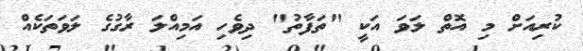
ކުރިއަށް މި އޮތް ލަވަ އަކީ "ތަފާތު" ދިވެހި އަމިއްލަ ރާގުގެ ލަވަތަކެއް